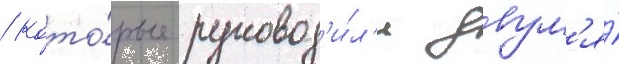
/ кото́рые руковод'и́л'и двум'я́